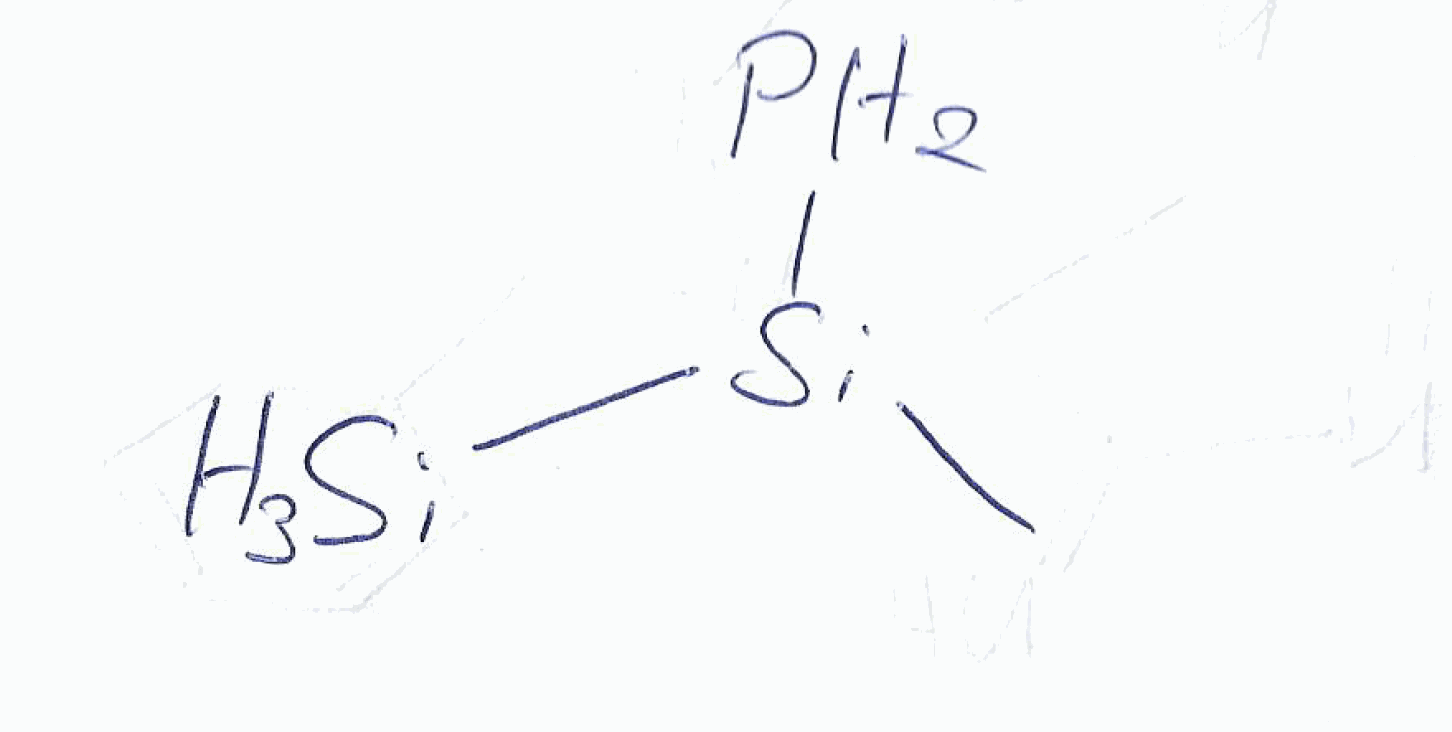
Simplified molecular-input line-entry system (SMILES) notation of the given molecule:
C[Si]([SiH3])P